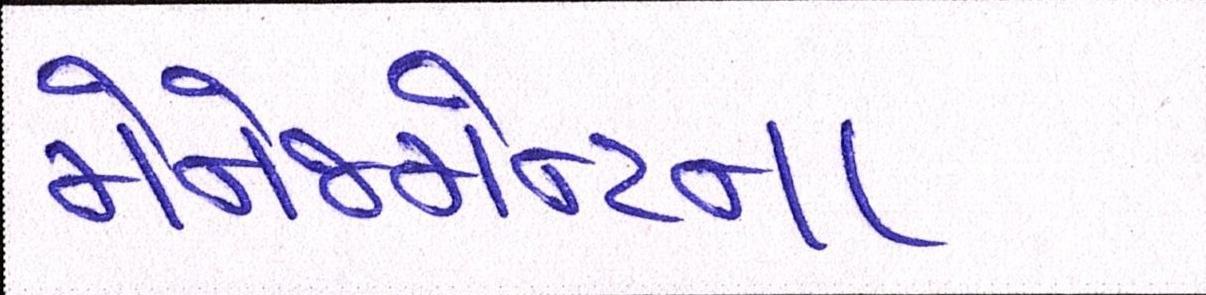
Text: મેનેજમેન્ટના